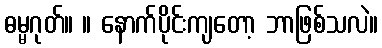
ဓမ္မဂုတ်။ ။ နောက်ပိုင်းကျတော့ ဘာဖြစ်သလဲ။